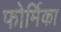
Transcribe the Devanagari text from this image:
फोर्मिका